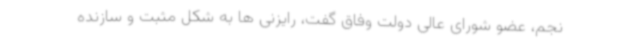
نجم، عضو شورای عالی دولت وفاق گفت، رایزنی ها به شکل مثبت و سازنده